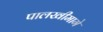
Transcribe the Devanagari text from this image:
पालखीमागे